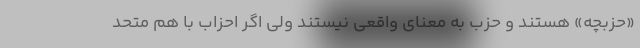
«حزبچه» هستند و حزب به معنای واقعی نیستند ولی اگر احزاب با هم متحد